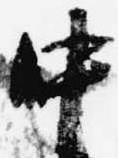
中